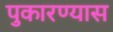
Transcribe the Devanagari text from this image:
पुकारण्यास